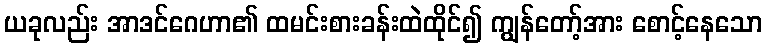
ယခုလည်း အာဒင်ဂေဟာ၏ ထမင်းစားခန်းထဲထိုင်၍ ကျွန်တော့်အား စောင့်နေသော